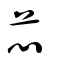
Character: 𢘿